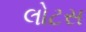
લોટસ